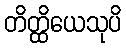
တိတ္ထိယေသုပိ